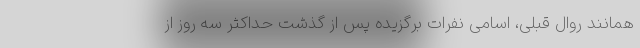
همانند روال قبلی، اسامی نفرات برگزیده پس از گذشت حداکثر سه روز از